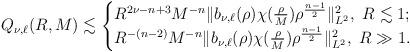
LaTeX: \begin{align*}Q_{\nu,\ell}(R,M) \lesssim\begin{cases}R^{2\nu-n+3}M^{-n}\|b_{\nu,\ell}(\rho)\chi(\frac{\rho}M)\rho^{\frac{n-1}2}\|^2_{L^2},~R\lesssim 1;\\R^{-(n-2)}M^{-n}\|b_{\nu,\ell}(\rho)\chi(\frac{\rho}M)\rho^{\frac{n-1}2}\|^2_{L^2},~R\gg1.\end{cases}\end{align*}